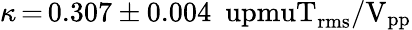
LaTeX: \kappa\, {=}\, 0.307\pm 0.004~\mathrm{\ upmuT_{rms}/V_{pp}}